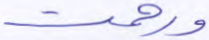
ورحمت